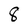
Character: 8